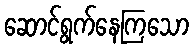
ဆောင်ရွက်နေကြသော